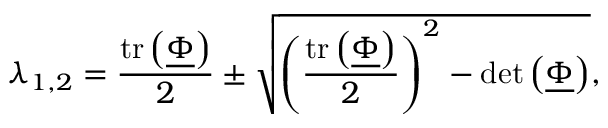
\lambda _ { 1 , 2 } = \frac { \mathrm { t r } \left( \underline { { \boldsymbol { \Phi } } } \right) } { 2 } \pm \sqrt { \left( \frac { \mathrm { t r } \left( \underline { { \boldsymbol { \Phi } } } \right) } { 2 } \right) ^ { 2 } - \mathrm { d e t } \left( \underline { { \boldsymbol { \Phi } } } \right) } ,